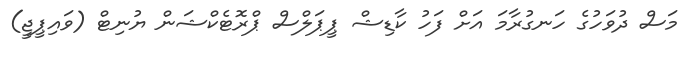
މަސް ދުވަހުގެ ހަނގުރާމަ އަށް ފަހު ކާޑިޝް ޕީޕަލްސް ޕްރޮޓެކްޝަން ޔުނިޓް (ވައިޕީޖީ)